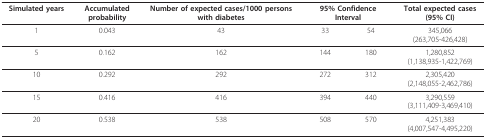
<table><thead><tr><td><b>Simulated years</b></td><td><b>Accumulated probability</b></td><td><b>Number of expected cases/1000 persons with diabetes</b></td><td colspan="2"><b>95% Confidence Interval</b></td><td><b>Total expected cases (95% CI)</b></td></tr></thead><tbody><tr><td>1</td><td>0.043</td><td>43</td><td>33</td><td>54</td><td>345,066(263,705-426,428)</td></tr><tr><td>5</td><td>0.162</td><td>162</td><td>144</td><td>180</td><td>1,280,852(1,138,935-1,422,769)</td></tr><tr><td>10</td><td>0.292</td><td>292</td><td>272</td><td>312</td><td>2,305,420(2,148,055-2,462,786)</td></tr><tr><td>15</td><td>0.416</td><td>416</td><td>394</td><td>440</td><td>3,290,559(3,111,409-3,469,410)</td></tr><tr><td>20</td><td>0.538</td><td>538</td><td>508</td><td>570</td><td>4,251,383(4,007,547-4,495,220)</td></tr></tbody></table>